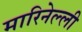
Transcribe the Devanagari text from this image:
मारिनेल्ली